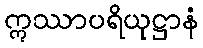
ဣဿာပရိယုဋ္ဌာနံ